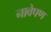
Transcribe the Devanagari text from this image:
नावेपण